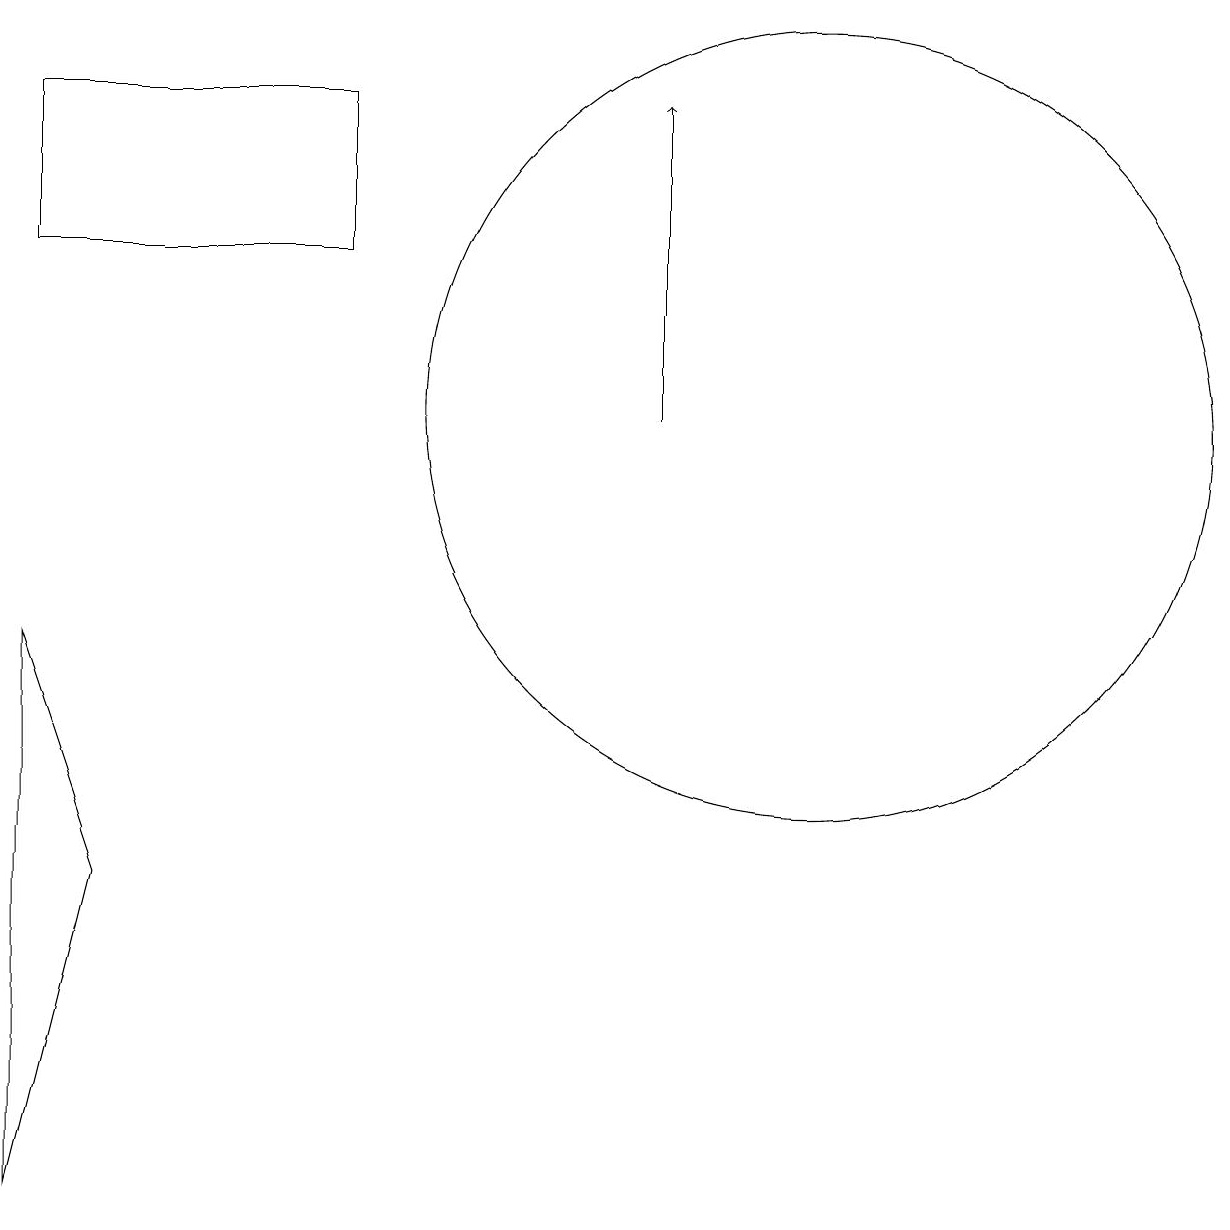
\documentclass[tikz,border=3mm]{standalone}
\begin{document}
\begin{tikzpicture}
\draw (10,10) circle (5);
\draw (0,12) rectangle (4,14);
\draw[->] (8,10) -- (8,14);
\draw (1,4) -- (0,7) -- (0,0) -- cycle;
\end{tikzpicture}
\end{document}